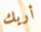
أريك